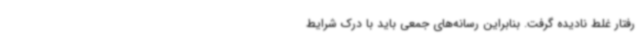
رفتار غلط نادیده گرفت. بنابراین رسانه‌های جمعی باید با درک شرایط